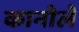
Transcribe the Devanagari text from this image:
कानोले